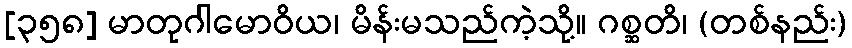
[၃၅၈] မာတုဂါမောဝိယ၊ မိန်းမသည်ကဲ့သို့။ ဂစ္ဆတိ၊ (တစ်နည်း)